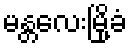
မန္တလေးမြို့ခံ